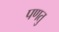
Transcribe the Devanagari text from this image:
पणतु